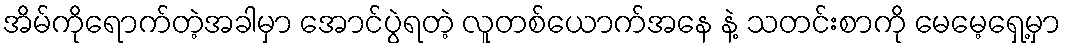
အိမ်ကိုရောက်တဲ့အခါမှာ အောင်ပွဲရတဲ့ လူတစ်ယောက်အနေ နဲ့ သတင်းစာကို မေမေ့ရှေ့မှာ